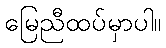
မြေညီထပ်မှာပါ။